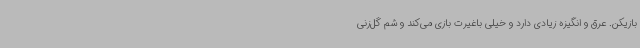
بازیکن. عرق و انگیزه زیادی دارد و خیلی باغیرت بازی می‌کند و شم گل‌زنی